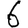
Digit: 6